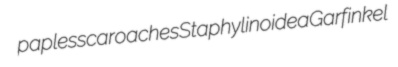
papless caroaches Staphylinoidea Garfinkel